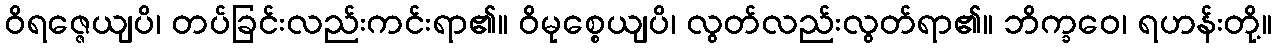
ဝိရဇ္ဇေယျပိ၊ တပ်ခြင်းလည်းကင်းရာ၏။ ဝိမုစ္စေယျပိ၊ လွတ်လည်းလွတ်ရာ၏။ ဘိက္ခဝေ၊ ရဟန်းတို့။